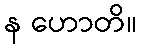
န ဟောတိ။